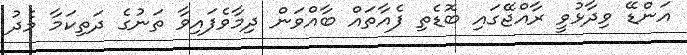
އަންޑޭ ވިދާޅުވީ ރާއްޖޭގައި ބޮޑެތި ފެއާތައް ބާއްވަން ދިމާވެފައިވާ ތަނުގެ ދަތިކަމާ މެދު